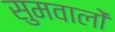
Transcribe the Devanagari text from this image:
सुमवालों